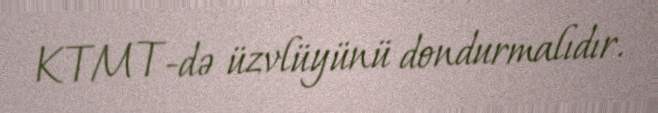
KTMT-də üzvlüyünü dondurmalıdır.